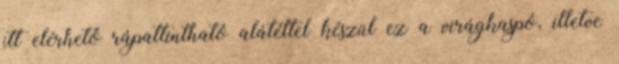
itt elérhető rápattintható alátéttel készül ez a virágkaspó, illetve